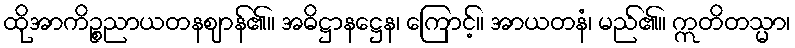
ထိုအာကိဉ္စညာယတနဈာန်၏။ အဓိဋ္ဌာနဋ္ဌေန၊ ကြောင့်။ အာယတနံ၊ မည်၏။ ဣတိတသ္မာ၊